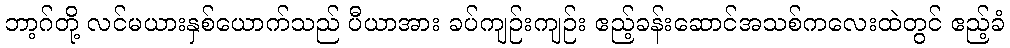
ဘာ့ဂ်တို့ လင်မယားနှစ်ယောက်သည် ပီယာအား ခပ်ကျဉ်းကျဉ်း ဧည့်ခန်းဆောင်အသစ်ကလေးထဲတွင် ဧည့်ခံ